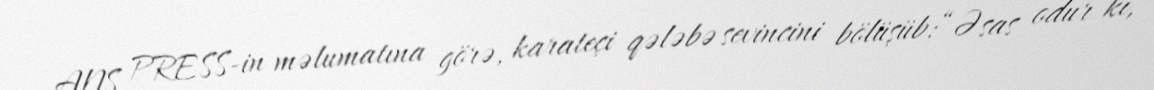
ANS PRESS-in məlumatına görə, karateçi qələbə sevincini bölüşüb:“Əsas odur ki,